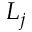
L _ { j }